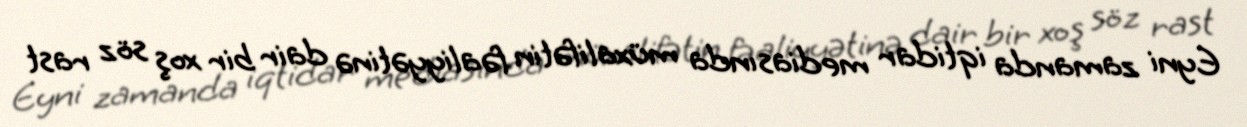
Eyni zamanda iqtidar mediasında müxalifətin fəaliyyətinə dair bir xoş söz rast